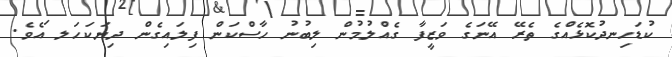
ކުޑަހިނދުކޮޅެއްގެ ތެރޭ އޭނަގެ ވަޒީފާ ގެއްލުމުން ލިބުނު ހާސްކަން ފިލައިގެން ދިޔަކަހަލ ައެވެ.